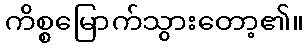
ကိစ္စမြောက်သွားတော့၏။